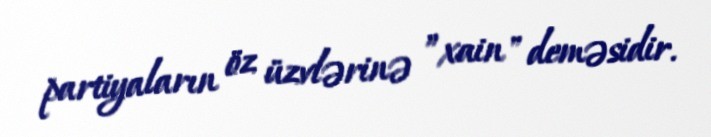
partiyaların öz üzvlərinə ”xain" deməsidir.